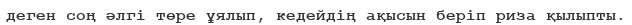
деген соң әлгі төре ұялып, кедейдің ақысын беріп риза қылыпты.